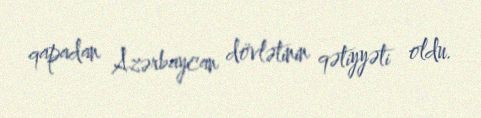
qapadan Azərbaycan dövlətinin qətiyyəti oldu.